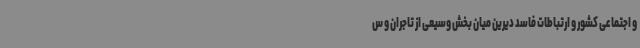
و اجتماعی کشور و ارتباطات فاسد دیرین میان بخش وسیعی از تاجران و س